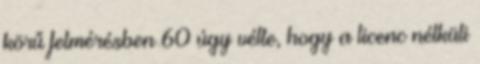
körű felmérésben 60 úgy vélte, hogy a licenc nélküli